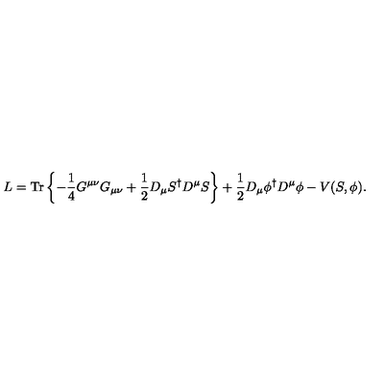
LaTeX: L = \mathrm { T r } \left\{ - \frac { 1 } { 4 } G ^ { \mu \nu } G _ { \mu \nu } + \frac { 1 } { 2 } D _ { \mu } S ^ { \dagger } D ^ { \mu } S \right\} + \frac { 1 } { 2 } D _ { \mu } \phi ^ { \dagger } D ^ { \mu } \phi - V ( S , \phi ) .